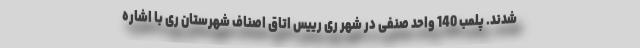
شدند. پلمب 140 واحد صنفی در شهر ری رییس اتاق اصناف شهرستان ری با اشاره